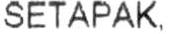
SETAPAK.